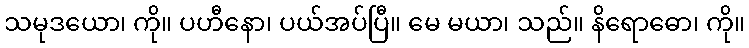
သမုဒယော၊ ကို။ ပဟီနော၊ ပယ်အပ်ပြီ။ မေ မယာ၊ သည်။ နိရောဓော၊ ကို။